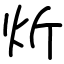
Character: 炘